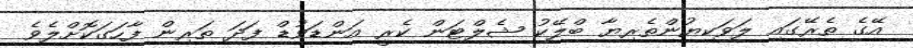
އޭގެ ތެރޭގައި ލަވަކިޔުންތެރިޔާ ބްލޭކު ޝެލްޓަން ކެރީ އަންޑަވުޑް ފަދަ ތަރިން ފާހަގަކޮށްލެވެ